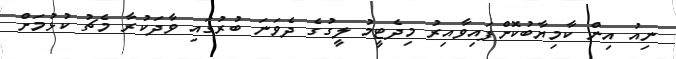
ނިއު އިން ކާމިޔާބުކޮށްފައިވާއިރު މިދެޓީމު ލީގުގެ ދެވަނަ ބުރުގައި ވާދަކުރާ މެޗު ކުޅުމަށް